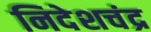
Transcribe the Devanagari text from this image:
निदेशचंद्र